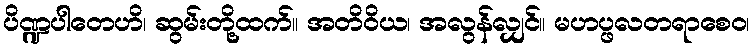
ပိဏ္ဍပါတေဟိ၊ ဆွမ်းတို့ထက်။ အတိဝိယ၊ အလွန်လျှင်။ မဟပ္ဖလတရာစေဝ၊